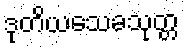
ဒုတိယသေခသုတ္တ